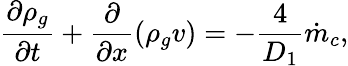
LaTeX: \frac{\partial\rho_{g}}{\partial t}+\frac{\partial}{\partial x}(\rho_{g}v)=-\frac{4}{D_{1}}\dot{m}_{c},